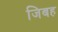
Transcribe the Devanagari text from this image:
जिबह